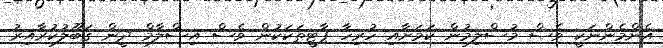
އެންމެންނަކީ ވެސް މުސްލިމުން ކަމަށާއި ހުރިހާ ޕާޓީތަކަކުން ވެސް އިސްލާމް ދީން ގަބޫލުކުރާއިރު